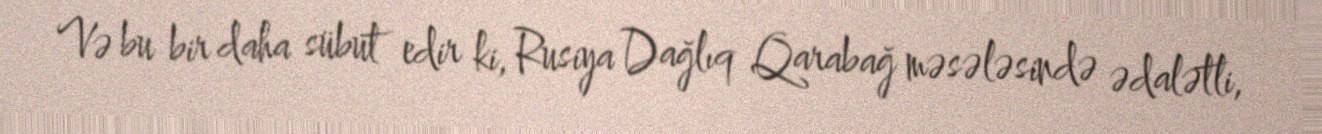
Və bu bir daha sübut edir ki, Rusiya Dağlıq Qarabağ məsələsində ədalətli,